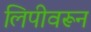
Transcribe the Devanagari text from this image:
लिपीवरून